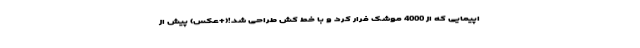
اپیمایی که از 4000 موشک فرار کرد و با خط کش طراحی شد!(+عکس) پیش از